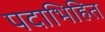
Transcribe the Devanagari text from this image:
पदाभिहित